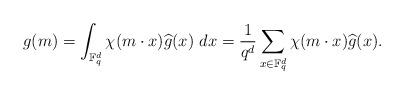
LaTeX: \begin{align*} g(m)=\int_{\mathbb F_q^d} \chi(m\cdot x) \widehat{g}(x)~dx =\frac{1}{q^d} \sum_{x\in \mathbb F_q^d} \chi(m\cdot x) \widehat{g}(x).\end{align*}